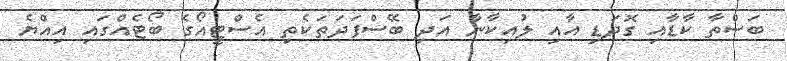
ބަސްތާ ކާޑާއި ގޮދަޑި އާއި ލުއިކާނާ އަދި ބޭސްފަދަތަކެތި އެސްޓީއޯގެ ބޯޓެއްގައި އިއްޔެ